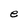
Character: e